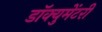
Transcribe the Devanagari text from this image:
डॉक्‍युमेंटरी